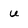
Character: u